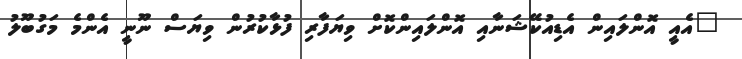
"އެއީ އޮންލައިން އެޑިއުކޭޝަނާއި އޮންލައިންކޮށް ވިޔަފާރި ފުޅާކުރުން ވިޔަސް ނޫނީ އެންމެ މަގުބޫލު